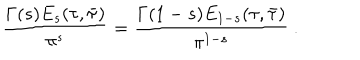
\frac { \Gamma ( s ) E _ { s } ( \tau , \bar { \tau } ) } { \pi ^ { s } } = \frac { \Gamma ( 1 - s ) E _ { 1 - s } ( \tau , \bar { \tau } ) } { \pi ^ { 1 - s } } \ .